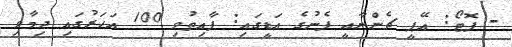
- ފޮޓޯ: އޭޕީ ޗެންނާއީ ފެނުގެ އަޑީގައި: ފާއިތުވި 100 އަހަރުގައި ދިމާވި